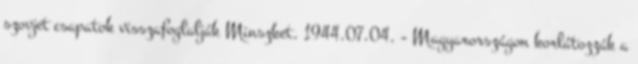
szovjet csapatok visszafoglalják Minszket. 1944.07.04. - Magyarországon korlátozzák a